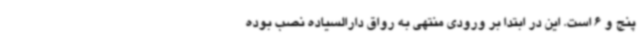
پنج و 6 است. این در ابتدا بر ورودی منتهی به رواق دارالسیاده نصب بوده